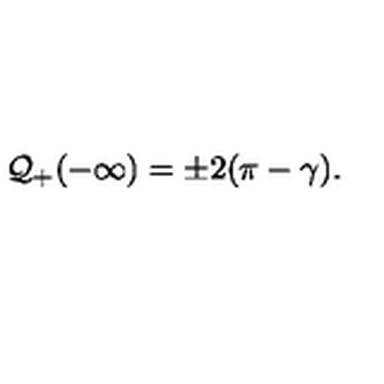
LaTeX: { \cal Q } _ { + } ( - \infty ) = \pm 2 ( \pi - \gamma ) .